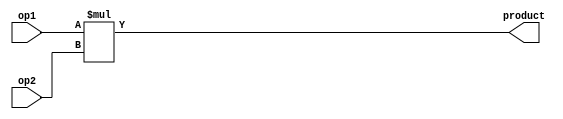
module multiplier(op1, op2, product);
	input [3:0] op1, op2;
	output [7:0] product;

	assign product = op1 * op2;


endmodule